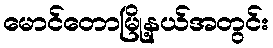
မောင်တောမြို့နယ်အတွင်း